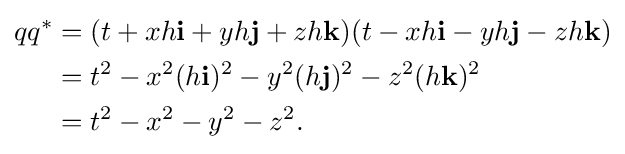
{\begin{aligned}qq^{*}&=(t+xh\mathbf {i} +yh\mathbf {j} +zh\mathbf {k} )(t-xh\mathbf {i} -yh\mathbf {j} -zh\mathbf {k} )\\&=t^{2}-x^{2}(h\mathbf {i} )^{2}-y^{2}(h\mathbf {j} )^{2}-z^{2}(h\mathbf {k} )^{2}\\&=t^{2}-x^{2}-y^{2}-z^{2}.\end{aligned}}